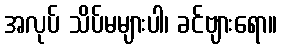
အလုပ် သိပ်မများပါ၊ ခင်ဗျားရော။